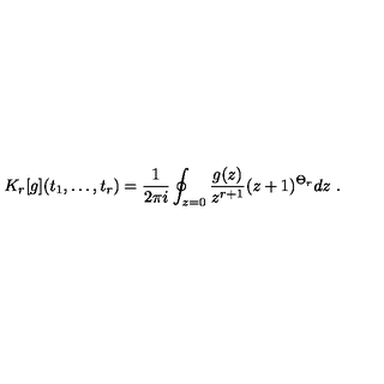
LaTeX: K _ { r } [ g ] ( t _ { 1 } , \ldots , t _ { r } ) = { \frac { 1 } { 2 \pi i } } \oint _ { z = 0 } { \frac { g ( z ) } { z ^ { r + 1 } } } ( z + 1 ) ^ { \Theta _ { r } } d z \ .